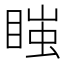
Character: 𭿇